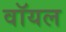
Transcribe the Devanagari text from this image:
वॉयल